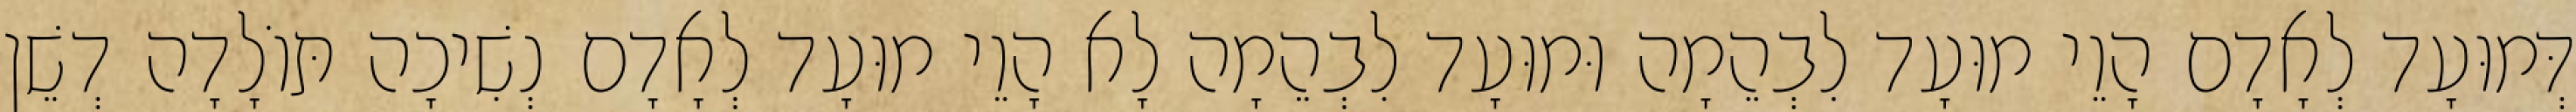
דְּמוּעָד לְאָדָם הָוֵי מוּעָד לִבְהֵמָה וּמוּעָד לִבְהֵמָה לָא הָוֵי מוּעָד לְאָדָם נְשִׁיכָה תּוֹלָדָה דְשֵׁן